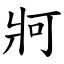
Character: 牁